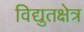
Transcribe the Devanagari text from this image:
विद्युतक्षेत्र